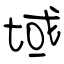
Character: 域